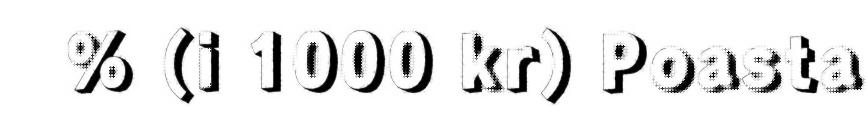
% (i 1000 kr) Poasta